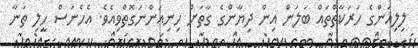
ލިލިއަންގެ ހަރަކާތްތައް ބަލަން އިން ދިޔާންގެ ގާތަށް ހިނިއަންނަގޮތްވިއެވެ. އެހެނަސް ހީލި ތަނާ